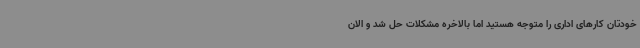
خودتان کارهای اداری را متوجه هستید اما بالاخره مشکلات حل شد و الان